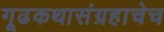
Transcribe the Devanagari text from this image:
गूढकथासंग्रहाचेच